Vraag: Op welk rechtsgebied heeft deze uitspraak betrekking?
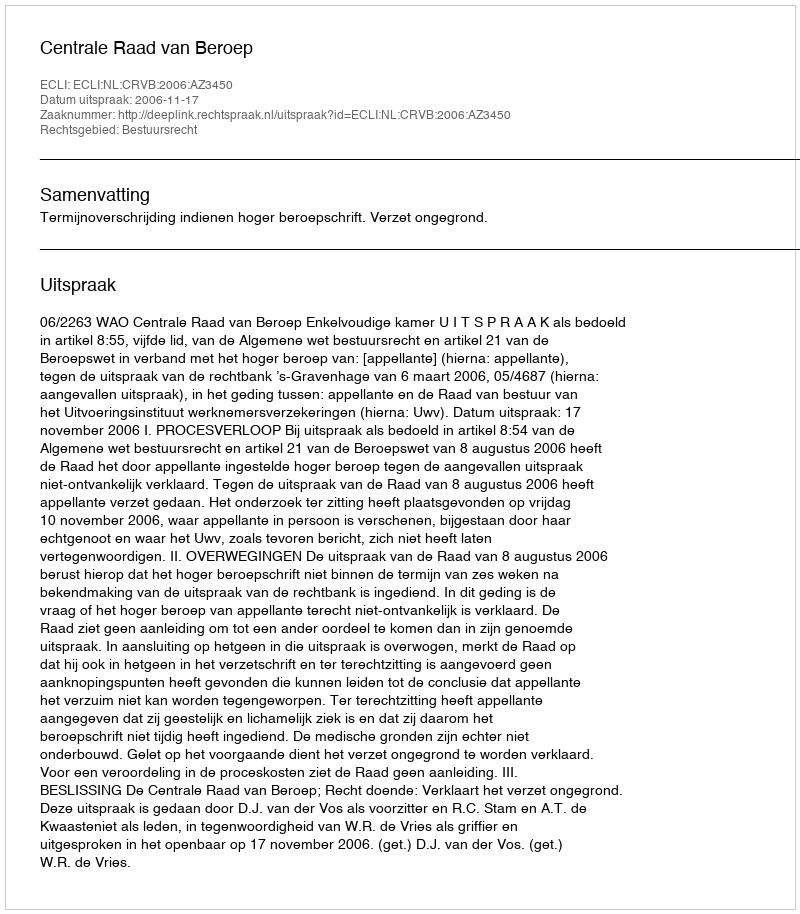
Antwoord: Bestuursrecht